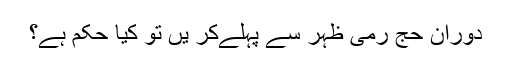
دورانِ حج رمی ظہر سے پہلےکر یں تو کیا حکم ہے؟